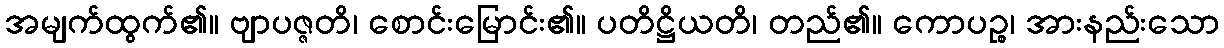
အမျက်ထွက်၏။ ဗျာပဇ္ဇတိ၊ စောင်းမြောင်း၏။ ပတိဋ္ဌိယတိ၊ တည်၏။ ကောပဉ္စ၊ အားနည်းသော